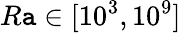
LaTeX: R\mathtt{a}\in[10^{3},10^{9}]